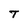
Character: T